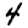
Digit: 4